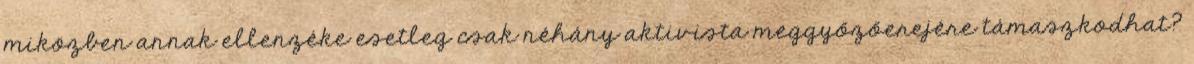
miközben annak ellenzéke esetleg csak néhány aktivista meggyőzőerejére támaszkodhat?